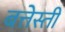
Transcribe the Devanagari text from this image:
बत्तेस्ती